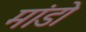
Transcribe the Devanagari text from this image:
मांडो